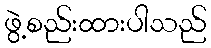
ဖွဲ့စည်းထားပါသည်